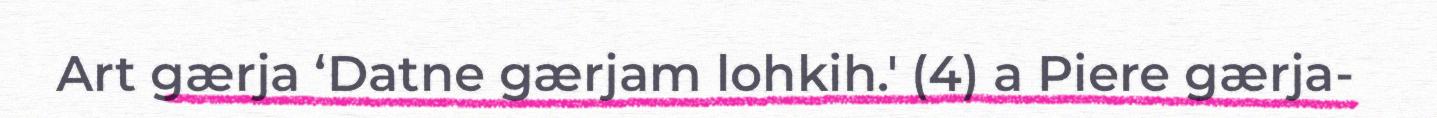
Art gærja ‘Datne gærjam lohkih.' (4) a Piere gærja-